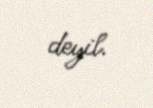
deyil.